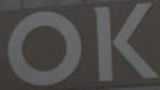
OK